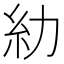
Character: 糼